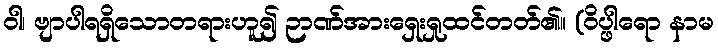
ဝါ၊ ဗျာပါရရှိသောတရားဟူ၍ ဉာဏ်အားရှေးရှုထင်တတ်၏။ (ဝိပ္ဖါရော နာမ